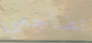
تضاجعني